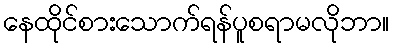
နေထိုင်စားသောက်ရန်ပူစရာမလိုဘာ။